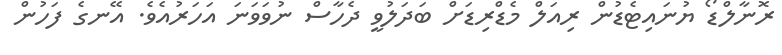
ރޮނާލްޑޯ ޔުނައިޓެޑުން ރިއަލް މެޑްރިޑަށް ބަދަލުވީ ދެހާސް ނުވަވަނަ އަހަރުއެވެ. އޭނގެ ފަހުން